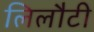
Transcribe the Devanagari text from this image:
लिलौटी